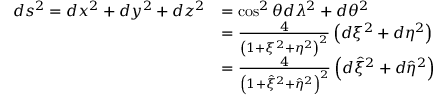
\begin{array} { r l } { d s ^ { 2 } = d x ^ { 2 } + d y ^ { 2 } + d z ^ { 2 } } & { = \cos ^ { 2 } \theta d \lambda ^ { 2 } + d \theta ^ { 2 } } \\ & { = \frac { 4 } { \left( 1 + \xi ^ { 2 } + \eta ^ { 2 } \right) ^ { 2 } } \left( d \xi ^ { 2 } + d \eta ^ { 2 } \right) } \\ & { = \frac { 4 } { \left( 1 + \hat { \xi } ^ { 2 } + \hat { \eta } ^ { 2 } \right) ^ { 2 } } \left( d \hat { \xi } ^ { 2 } + d \hat { \eta } ^ { 2 } \right) } \end{array}